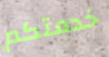
خدمتكم